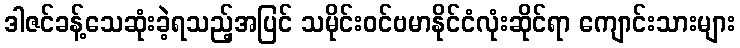
ဒါဇင်ခန့်သေဆုံးခဲ့ရသည့်အပြင် သမိုင်းဝင်ဗမာနိုင်ငံလုံးဆိုင်ရာ ကျောင်းသားများ